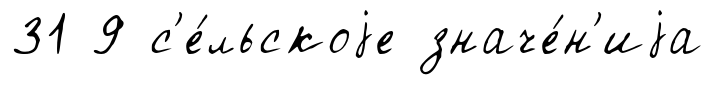
31 9 с'е́льскоjе значе́н'иjа